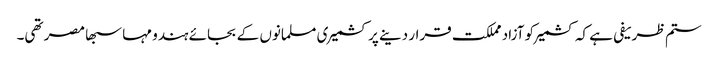
ستم ظریفی ہے کہ کشمیر کو آزاد مملکت قرار دینے پر کشمیری مسلمانوں کے بجائے ہندو مہا سبھا مصر تھی۔